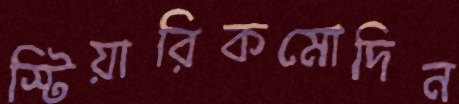
স্টিয়ারিকমোদিন